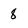
Character: 8